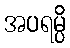
အပရမ္ပိ